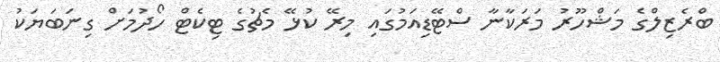
ބްރެޒިލްގެ މަޝްހޫރު މަރަކާނާ ސްޓޭޑިއަމުގައި މިރޭ ކުޅޭ މެޗުގެ ޓިކެޓް ހޯދުމަށް ގިނަބަޔަކު